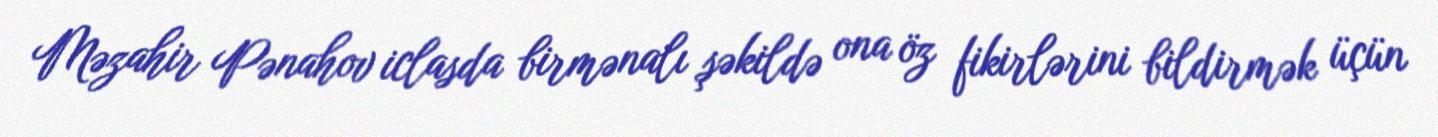
Məzahir Pənahov iclasda birmənalı şəkildə ona öz fikirlərini bildirmək üçün